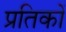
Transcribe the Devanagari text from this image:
प्रतिकों